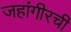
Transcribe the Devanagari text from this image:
जहांगीरची